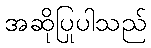
အဆိုပြုပါသည်